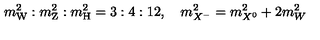
m _ { \mathrm { W } } ^ { 2 } : m _ { \mathrm { Z } } ^ { 2 } : m _ { \mathrm { H } } ^ { 2 } = 3 : 4 : 1 2 , \quad m _ { X ^ { - } } ^ { 2 } = m _ { X ^ { 0 } } ^ { 2 } + 2 m _ { W } ^ { 2 }